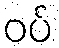
ဝပ်